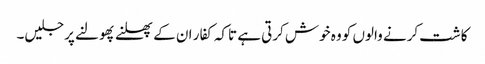
کاشت کرنے والوں کو وہ خوش کرتی ہے تاکہ کفار ان کے پھلنے پھولنے پر جلیں۔